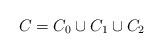
LaTeX: \begin{align*} C = C_0 \cup C_1 \cup C_2 \end{align*}